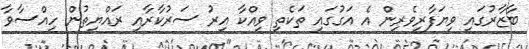
ބާޒާރުގައި ވިޔަފާރިވެރިން އެ އަގުގައި ތަކެތި ވިއްކާ އިރު ސަރުކާރާއި ރައްޔިތުން ހިއްސާވާ